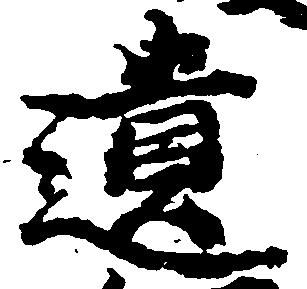
遺